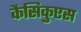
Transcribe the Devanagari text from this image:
कैसिकुएस